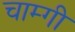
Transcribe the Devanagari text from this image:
चाम्गी